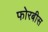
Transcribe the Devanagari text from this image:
फोरबीस